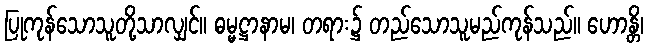
ပြုကုန်သောသူတို့သာလျှင်။ ဓမ္မဋ္ဌာနာမ၊ တရား၌ တည်သောသူမည်ကုန်သည်။ ဟောန္တိ၊